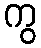
ကွ